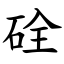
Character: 硂